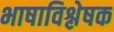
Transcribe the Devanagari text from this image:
भाषाविश्लेषक